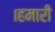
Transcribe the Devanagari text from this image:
।हमारी